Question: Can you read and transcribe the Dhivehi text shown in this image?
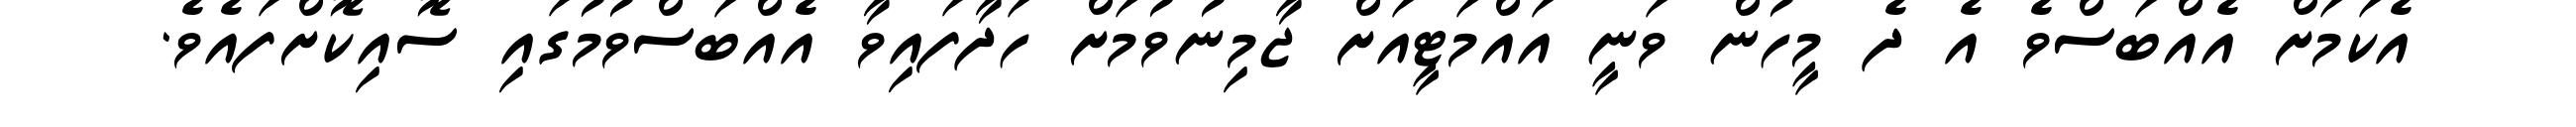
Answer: އެކަމަށް އެއްބަސްވެ އެ ދެ މީހުން ވަނީ އައްމަޓީއަށް ޖާމިނުވުމަށް ހަދާފައިވާ އެއްބަސްވުމުގައި ސޮއިކޮށްފައެވެ.